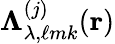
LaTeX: \mathbf{\Lambda}_{\lambda,\ell mk}^{(j)}(\mathbf{r})